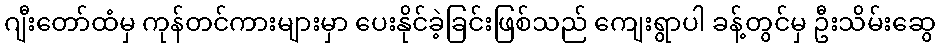
ဂျီးတော်ထံမှ ကုန်တင်ကားများမှာ ပေးနိုင်ခဲ့ခြင်းဖြစ်သည် ကျေးရွာပါ ခန့်တွင်မှ ဦးသိမ်းဆွေ